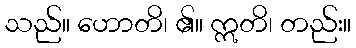
သည်။ ဟောတိ၊ ၏။ ဣတိ၊ တည်း။